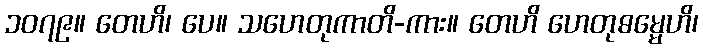
၁၀၇၉။ တေဟိ၊ ပေ။ သဟေတုကာတိ-ကား။ တေဟိ ဟေတုဓမ္မေဟိ၊